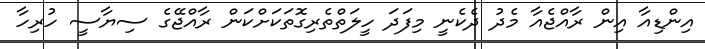
އިންޑިއާ އިން ރާއްޖެއާ މެދު ދެކެނީ މިފަދަ ހީލަތްތެރިގޮތަކަށްކަން ރާއްޖޭގެ ސިޔާސީ ހުރިހާ